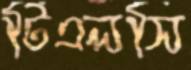
টিএলসি